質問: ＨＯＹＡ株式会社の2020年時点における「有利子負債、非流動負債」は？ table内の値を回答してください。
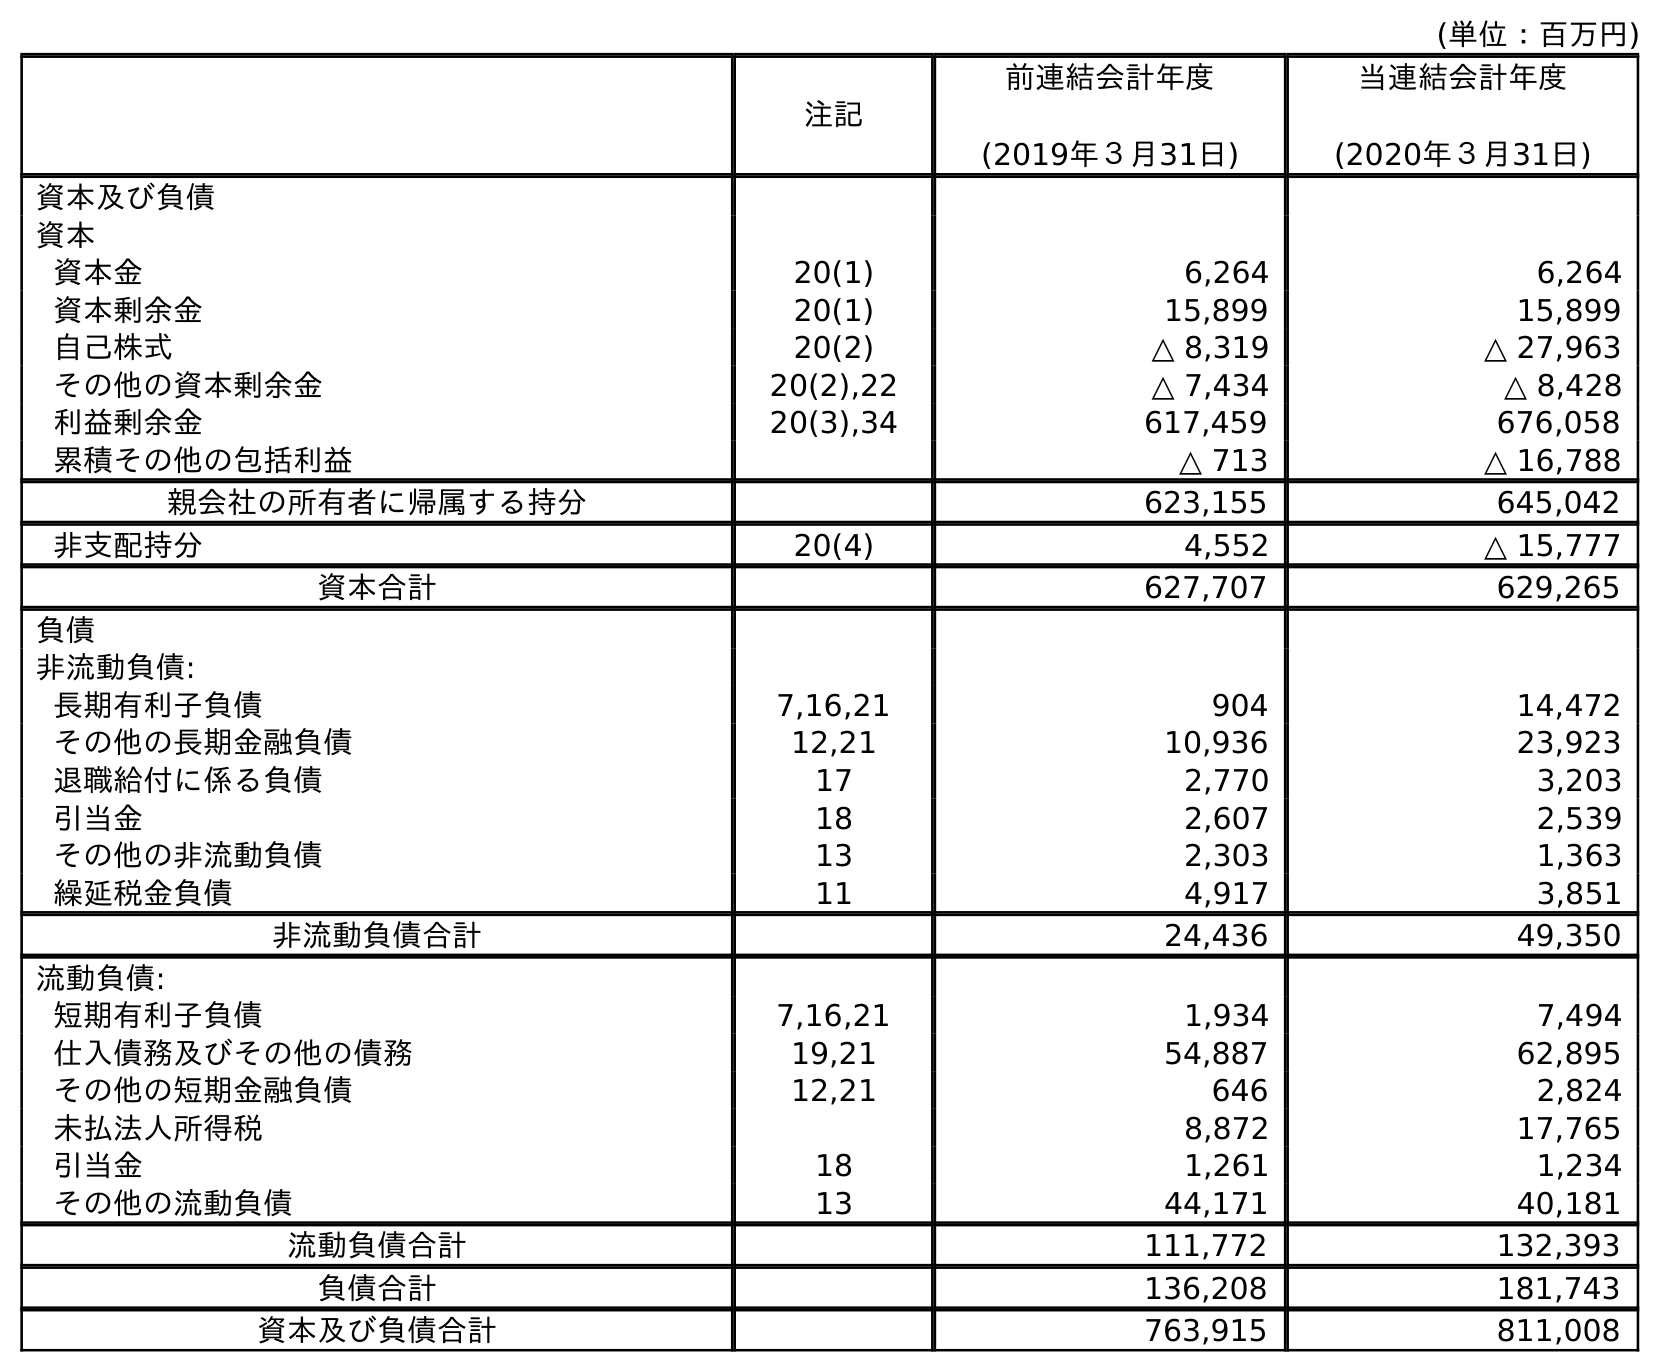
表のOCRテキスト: (単位：百万円) 注記 前連結会計年度 (2019年３月31日) 当連結会計年度 (2020年３月31日) 資本及び負債 資本 資本金 20(1) 6,264 6,264 資本剰余金 20(1) 15,899 15,899 自己株式 20(2) △ 8,319 △ 27,963 その他の資本剰余金 20(2),22 △ 7,434 △ 8,428 利益剰余金 20(3),34 617,459 676,058 累積その他の包括利益 △ 713 △ 16,788 親会社の所有者に帰属する持分 623,155 645,042 非支配持分 20(4) 4,552 △ 15,777 資本合計 627,707 629,265 負債 非流動負債: 長期有利子負債 7,16,21 904 14,472 その他の長期金融負債 12,21 10,936 23,923 退職給付に係る負債 17 2,770 3,203 引当金 18 2,607 2,539 その他の非流動負債 13 2,303 1,363 繰延税金負債 11 4,917 3,851 非流動負債合計 24,436 49,350 流動負債: 短期有利子負債 7,16,21 1,934 7,494 仕入債務及びその他の債務 19,21 54,887 62,895 その他の短期金融負債 12,21 646 2,824 未払法人所得税 8,872 17,765 引当金 18 1,261 1,234 その他の流動負債 13 44,171 40,181 流動負債合計 111,772 132,393 負債合計 136,208 181,743 資本及び負債合計 763,915 811,008
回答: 14,472